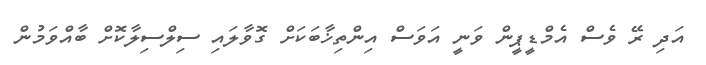
އަދި ރޭ ވެސް އެމްޑީޕީން ވަނީ އަވަސް އިންތިޚާބަކަށް ގޮވާލައި ސިލްސިލާކޮށް ބާއްވަމުން